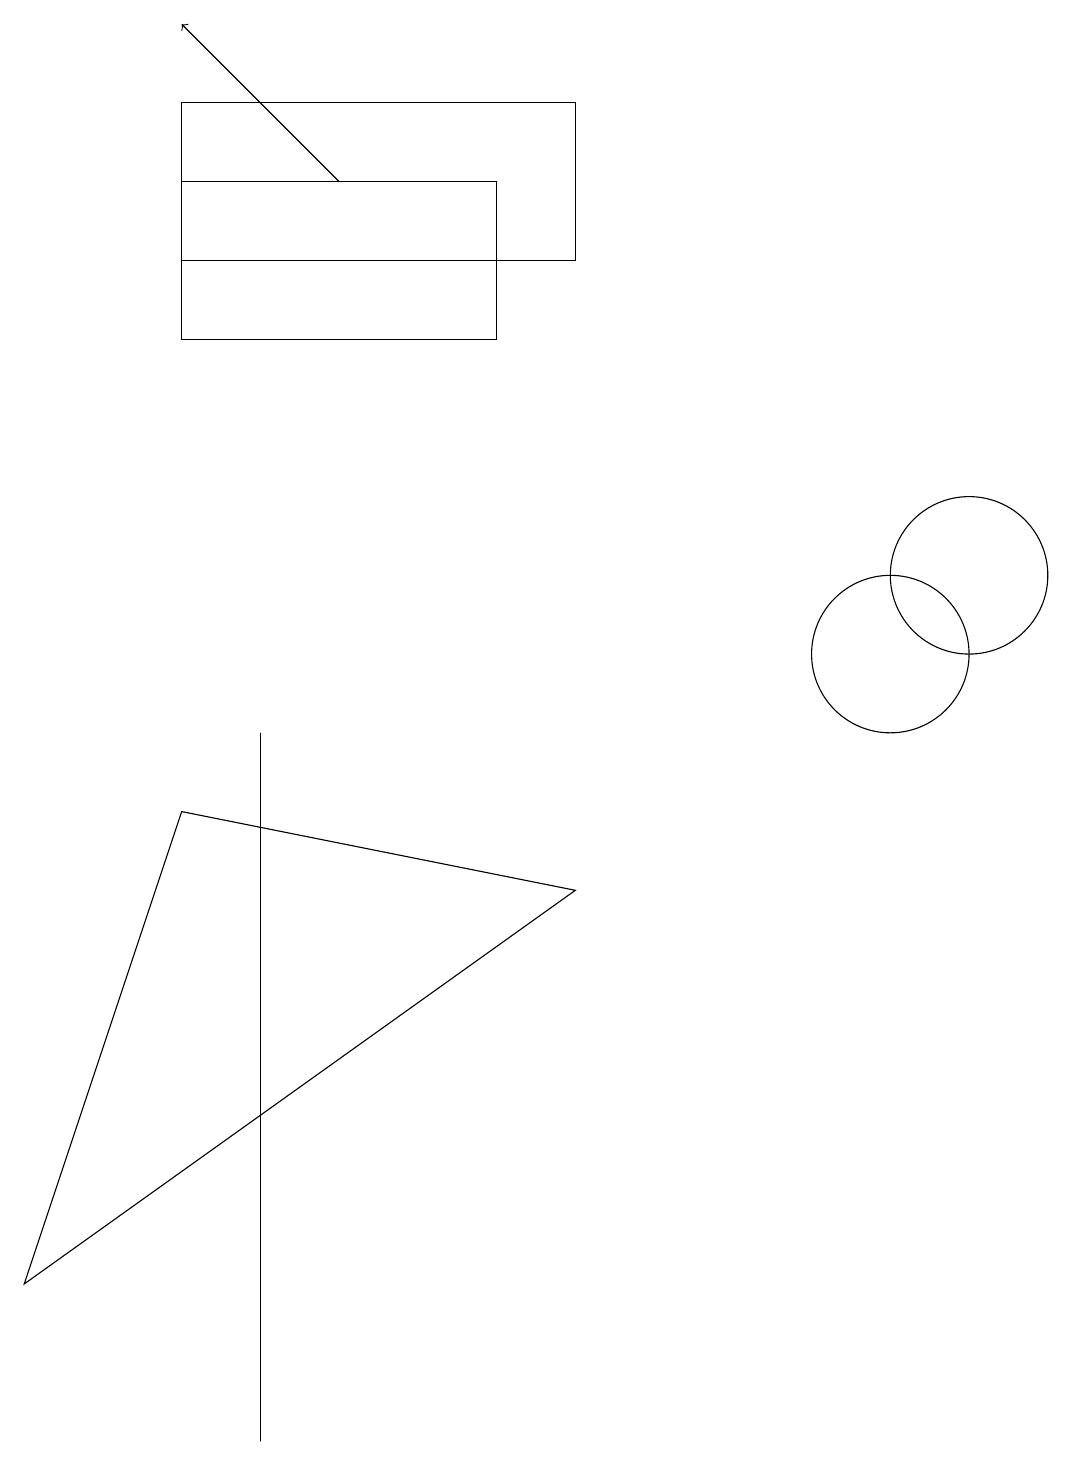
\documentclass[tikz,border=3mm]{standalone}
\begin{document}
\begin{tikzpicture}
\draw (2,15) rectangle (7,17);
\draw (11,10) circle (1);
\draw (7,7) -- (0,2) -- (2,8) -- cycle;
\draw (3,7) -- (3,0) -- (3,9) -- cycle;
\draw[->] (4,16) -- (2,18);
\draw (6,14) rectangle (2,16);
\draw (12,11) circle (1);
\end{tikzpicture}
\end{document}